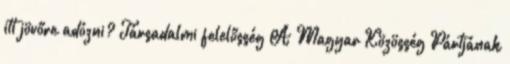
itt jövőre adózni? Társadalmi felelősség A Magyar Közösség Pártjának